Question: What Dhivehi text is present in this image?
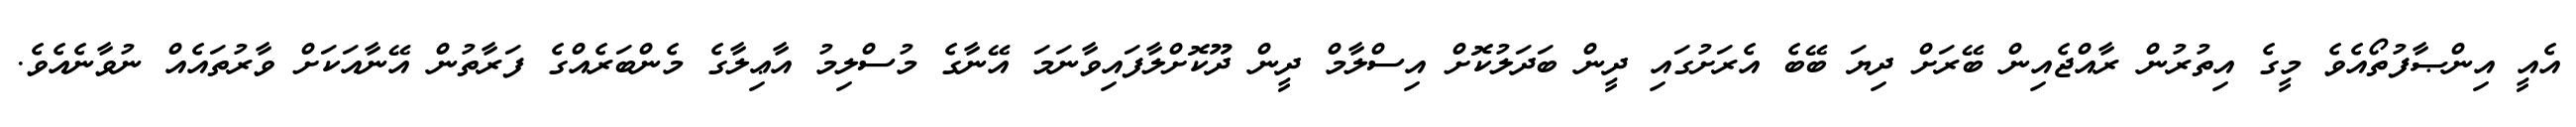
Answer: އެއީ އިންޞާފުތޯއެވެ މީގެ އިތުރުން ރާއްޖެއިން ބޭރަށް ދިޔަ ބޭބެ އެރަށުގައި ދީން ބަދަލުކޮށް އިސްލާމް ދީން ދޫކޮށްލާފައިވާނަމަ އޭނާގެ މުސްލިމު އާޢިލާގެ މެންބަރެއްގެ ފަރާތުން އޭނާއަކަށް ވާރުތައެއް ނުވާނެއެވެ.